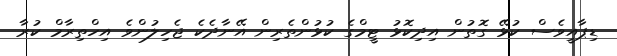
ޑިޕާއީވެސް ކުޅޭ ގޮތުން އިދިކޮޅު ޓީމްގެ ކުޅުންތެރިން އޭނާދެކެ ޖެހިލުންވެ އިހްތިރާމް ކުރާ